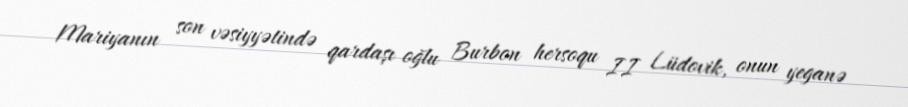
Mariyanın son vəsiyyətində qardaşı oğlu Burbon hersoqu II Lüdovik, onun yeganə